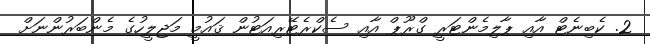
2. ކެބިނެޓް އާއި ޕާލިމެންޓަރީ ގްރޫޕް އާއި ސެކްރެޓޭރިއަޓުން ޤައުމީ މަޖިލީހުގެ މެންބަރުންނަށް